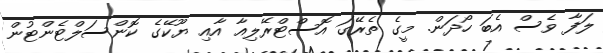
ލަފާ ވެސް އެބަ ހޯދަން. މީގެ ތެރޭގަ އޮސްޓްރޭލިއާ އާއި ޔޫކޭގެ ކޮންސަލްޓެންޓުން